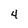
Character: 4